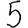
Digit: 5